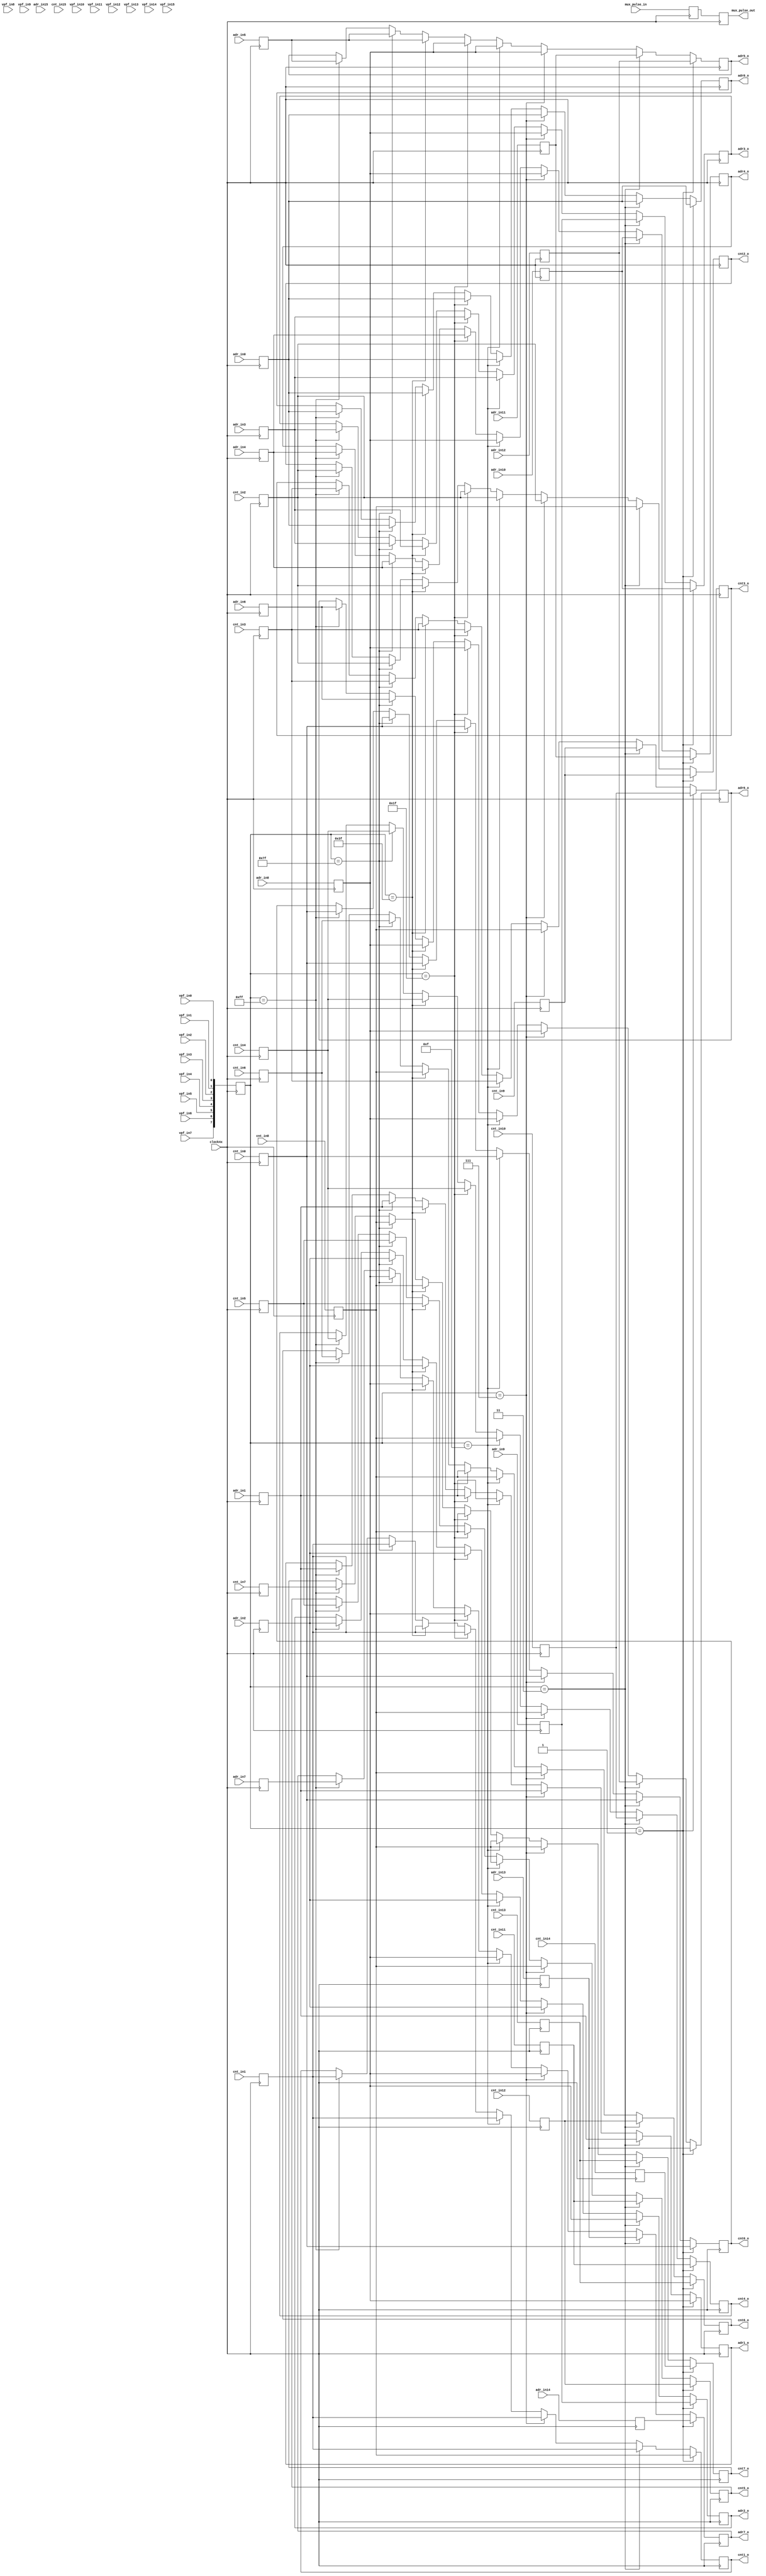
module merge16_light (
  input clock4x,

  input      mux_pulse_in,
  output reg mux_pulse_out,

  input [MXADRBITS-1:0] adr_in0,
  input [MXADRBITS-1:0] adr_in1,
  input [MXADRBITS-1:0] adr_in2,
  input [MXADRBITS-1:0] adr_in3,
  input [MXADRBITS-1:0] adr_in4,
  input [MXADRBITS-1:0] adr_in5,
  input [MXADRBITS-1:0] adr_in6,
  input [MXADRBITS-1:0] adr_in7,
  input [MXADRBITS-1:0] adr_in8,
  input [MXADRBITS-1:0] adr_in9,
  input [MXADRBITS-1:0] adr_in10,
  input [MXADRBITS-1:0] adr_in11,
  input [MXADRBITS-1:0] adr_in12,
  input [MXADRBITS-1:0] adr_in13,
  input [MXADRBITS-1:0] adr_in14,
  input [MXADRBITS-1:0] adr_in15,

  input [MXCNTBITS-1:0] cnt_in0,
  input [MXCNTBITS-1:0] cnt_in1,
  input [MXCNTBITS-1:0] cnt_in2,
  input [MXCNTBITS-1:0] cnt_in3,
  input [MXCNTBITS-1:0] cnt_in4,
  input [MXCNTBITS-1:0] cnt_in5,
  input [MXCNTBITS-1:0] cnt_in6,
  input [MXCNTBITS-1:0] cnt_in7,
  input [MXCNTBITS-1:0] cnt_in8,
  input [MXCNTBITS-1:0] cnt_in9,
  input [MXCNTBITS-1:0] cnt_in10,
  input [MXCNTBITS-1:0] cnt_in11,
  input [MXCNTBITS-1:0] cnt_in12,
  input [MXCNTBITS-1:0] cnt_in13,
  input [MXCNTBITS-1:0] cnt_in14,
  input [MXCNTBITS-1:0] cnt_in15,

  input  vpf_in0,
  input  vpf_in1,
  input  vpf_in2,
  input  vpf_in3,
  input  vpf_in4,
  input  vpf_in5,
  input  vpf_in6,
  input  vpf_in7,
  input  vpf_in8,
  input  vpf_in9,
  input  vpf_in10,
  input  vpf_in11,
  input  vpf_in12,
  input  vpf_in13,
  input  vpf_in14,
  input  vpf_in15,

  output reg [MXADRBITS-1:0] adr0_o,
  output reg [MXADRBITS-1:0] adr1_o,
  output reg [MXADRBITS-1:0] adr2_o,
  output reg [MXADRBITS-1:0] adr3_o,
  output reg [MXADRBITS-1:0] adr4_o,
  output reg [MXADRBITS-1:0] adr5_o,
  output reg [MXADRBITS-1:0] adr6_o,
  output reg [MXADRBITS-1:0] adr7_o,

  output reg [MXCNTBITS-1:0] cnt0_o,
  output reg [MXCNTBITS-1:0] cnt1_o,
  output reg [MXCNTBITS-1:0] cnt2_o,
  output reg [MXCNTBITS-1:0] cnt3_o,
  output reg [MXCNTBITS-1:0] cnt4_o,
  output reg [MXCNTBITS-1:0] cnt5_o,
  output reg [MXCNTBITS-1:0] cnt6_o,
  output reg [MXCNTBITS-1:0] cnt7_o
);

parameter MXADRBITS=11;
parameter MXCNTBITS=3;

`define input_latch 1

//----------------------------------------------------------------------------------------------------------------------
// vectorize inputs
//----------------------------------------------------------------------------------------------------------------------

  reg [MXADRBITS-1:0] adr [15:0];   reg [MXCNTBITS-1:0] cnt [15:0]; reg [16:0] vpf;
  reg mux_pulse;

  `ifdef input_latch
    always @(posedge clock4x) begin
  `else
    always @(*) begin
  `endif

    adr[0]  <=  adr_in0;           vpf[0]  <= vpf_in0;        cnt[0]  <= cnt_in0;
    adr[1]  <=  adr_in1;           vpf[1]  <= vpf_in1;        cnt[1]  <= cnt_in1;
    adr[2]  <=  adr_in2;           vpf[2]  <= vpf_in2;        cnt[2]  <= cnt_in2;
    adr[3]  <=  adr_in3;           vpf[3]  <= vpf_in3;        cnt[3]  <= cnt_in3;
    adr[4]  <=  adr_in4;           vpf[4]  <= vpf_in4;        cnt[4]  <= cnt_in4;
    adr[5]  <=  adr_in5;           vpf[5]  <= vpf_in5;        cnt[5]  <= cnt_in5;
    adr[6]  <=  adr_in6;           vpf[6]  <= vpf_in6;        cnt[6]  <= cnt_in6;
    adr[7]  <=  adr_in7;           vpf[7]  <= vpf_in7;        cnt[7]  <= cnt_in7;
    adr[8]  <=  adr_in8;           vpf[8]  <= vpf_in8;        cnt[8]  <= cnt_in8;
    adr[9]  <=  adr_in9;           vpf[9]  <= vpf_in9;        cnt[9]  <= cnt_in9;
    adr[10] <=  adr_in10;          vpf[10] <= vpf_in10;       cnt[10] <= cnt_in10;
    adr[11] <=  adr_in11;          vpf[11] <= vpf_in11;       cnt[11] <= cnt_in11;
    adr[12] <=  adr_in12;          vpf[12] <= vpf_in12;       cnt[12] <= cnt_in12;
    adr[13] <=  adr_in13;          vpf[13] <= vpf_in13;       cnt[13] <= cnt_in13;
    adr[14] <=  adr_in14;          vpf[14] <= vpf_in14;       cnt[14] <= cnt_in14;
    adr[15] <=  adr_in15;          vpf[15] <= vpf_in15;       cnt[15] <= cnt_in15;

    mux_pulse <= mux_pulse_in;

  end

  always @(posedge clock4x) begin

     if     (vpf[7:0] == 8'b00000001) begin
      {adr0_o,cnt0_o} <= {adr[0],  cnt[0]};
      {adr1_o,cnt1_o} <= {adr[8],  cnt[8]};
      {adr2_o,cnt2_o} <= {adr[9],  cnt[9]};
      {adr3_o,cnt3_o} <= {adr[10], cnt[10]};
      {adr4_o,cnt4_o} <= {adr[11], cnt[11]};
      {adr5_o,cnt5_o} <= {adr[12], cnt[12]};
      {adr6_o,cnt6_o} <= {adr[13], cnt[13]};
      {adr7_o,cnt7_o} <= {adr[14], cnt[14]};
    end
    else if (vpf[7:0] == 8'b00000011) begin
      {adr0_o,cnt0_o} <= {adr[0],  cnt[0]};
      {adr1_o,cnt1_o} <= {adr[1],  cnt[1]};
      {adr2_o,cnt2_o} <= {adr[8],  cnt[8]};
      {adr3_o,cnt3_o} <= {adr[9],  cnt[9]};
      {adr4_o,cnt4_o} <= {adr[10], cnt[10]};
      {adr5_o,cnt5_o} <= {adr[11], cnt[11]};
      {adr6_o,cnt6_o} <= {adr[12], cnt[12]};
      {adr7_o,cnt7_o} <= {adr[13], cnt[13]};
    end
    else if (vpf[7:0] == 8'b00000111) begin
      {adr0_o,cnt0_o} <= {adr[0], cnt[0]};
      {adr1_o,cnt1_o} <= {adr[1], cnt[1]};
      {adr2_o,cnt2_o} <= {adr[2], cnt[2]};
      {adr3_o,cnt3_o} <= {adr[8], cnt[8]};
      {adr4_o,cnt4_o} <= {adr[8], cnt[8]};
      {adr5_o,cnt5_o} <= {adr[8], cnt[8]};
      {adr6_o,cnt6_o} <= {adr[8], cnt[8]};
      {adr7_o,cnt7_o} <= {adr[8], cnt[8]};
    end
    else if (vpf[7:0] == 8'b00001111) begin
      {adr0_o,cnt0_o} <= {adr[0], cnt[0]};
      {adr1_o,cnt1_o} <= {adr[1], cnt[1]};
      {adr2_o,cnt2_o} <= {adr[2], cnt[2]};
      {adr3_o,cnt3_o} <= {adr[3], cnt[3]};
      {adr4_o,cnt4_o} <= {adr[8], cnt[8]};
      {adr5_o,cnt5_o} <= {adr[8], cnt[8]};
      {adr6_o,cnt6_o} <= {adr[8], cnt[8]};
      {adr7_o,cnt7_o} <= {adr[8], cnt[8]};
    end
    else if (vpf[7:0] == 8'b00011111) begin
      {adr0_o,cnt0_o} <= {adr[0], cnt[0]};
      {adr1_o,cnt1_o} <= {adr[1], cnt[1]};
      {adr2_o,cnt2_o} <= {adr[2], cnt[2]};
      {adr3_o,cnt3_o} <= {adr[3], cnt[3]};
      {adr4_o,cnt4_o} <= {adr[4], cnt[4]};
      {adr5_o,cnt5_o} <= {adr[8], cnt[8]};
      {adr6_o,cnt6_o} <= {adr[8], cnt[8]};
      {adr7_o,cnt7_o} <= {adr[8], cnt[8]};
    end
    else if (vpf[7:0] == 8'b00111111) begin
      {adr0_o,cnt0_o} <= {adr[0], cnt[0]};
      {adr1_o,cnt1_o} <= {adr[1], cnt[1]};
      {adr2_o,cnt2_o} <= {adr[2], cnt[2]};
      {adr3_o,cnt3_o} <= {adr[3], cnt[3]};
      {adr4_o,cnt4_o} <= {adr[4], cnt[4]};
      {adr5_o,cnt5_o} <= {adr[5], cnt[5]};
      {adr6_o,cnt6_o} <= {adr[8], cnt[8]};
      {adr7_o,cnt7_o} <= {adr[8], cnt[8]};
    end
    else if (vpf[7:0] == 8'b01111111) begin
      {adr0_o,cnt0_o} <= {adr[0], cnt[0]};
      {adr1_o,cnt1_o} <= {adr[1], cnt[1]};
      {adr2_o,cnt2_o} <= {adr[2], cnt[2]};
      {adr3_o,cnt3_o} <= {adr[3], cnt[3]};
      {adr4_o,cnt4_o} <= {adr[4], cnt[4]};
      {adr5_o,cnt5_o} <= {adr[5], cnt[5]};
      {adr6_o,cnt6_o} <= {adr[6], cnt[6]};
      {adr7_o,cnt7_o} <= {adr[8], cnt[8]};
    end
    else if (vpf[7:0] == 8'b11111111) begin
      {adr0_o,cnt0_o} <= {adr[0], cnt[0]};
      {adr1_o,cnt1_o} <= {adr[1], cnt[1]};
      {adr2_o,cnt2_o} <= {adr[2], cnt[2]};
      {adr3_o,cnt3_o} <= {adr[3], cnt[3]};
      {adr4_o,cnt4_o} <= {adr[4], cnt[4]};
      {adr5_o,cnt5_o} <= {adr[5], cnt[5]};
      {adr6_o,cnt6_o} <= {adr[6], cnt[6]};
      {adr7_o,cnt7_o} <= {adr[7], cnt[7]};
    end

    mux_pulse_out <= mux_pulse;
  end

//----------------------------------------------------------------------------------------------------------------------
endmodule